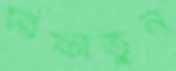
রিফাতুন